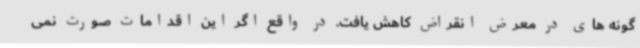
گونه های در معرض انقراض کاهش یافت. در واقع اگر این اقدامات صورت نمی